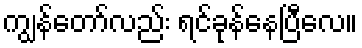
ကျွန်တော်လည်း ရင်ခုန်နေပြီလေ။